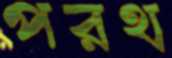
পরথ